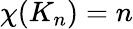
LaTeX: \chi(K_{n})=n